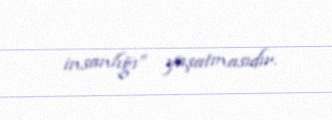
insanlığı” yaşatmasıdır.